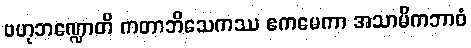
ဗဟုဘဏ္ဍောတိ ကတာဘိသေကဿ ဧကမေကာ အသာမိကဘာဝံ